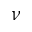
\nu